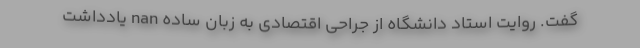
گفت. روایت استاد دانشگاه از جراحی اقتصادی به زبان ساده nan یادداشت